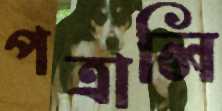
পত্রালি